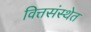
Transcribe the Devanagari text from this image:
वित्तसंस्थेत